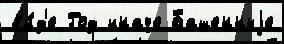
в'и́д'е Год иначе Башенныjе